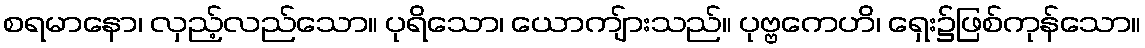
စရမာနော၊ လှည့်လည်သော။ ပုရိသော၊ ယောကျ်ားသည်။ ပုဗ္ဗကေဟိ၊ ရှေး၌ဖြစ်ကုန်သော။